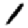
Digit: 1